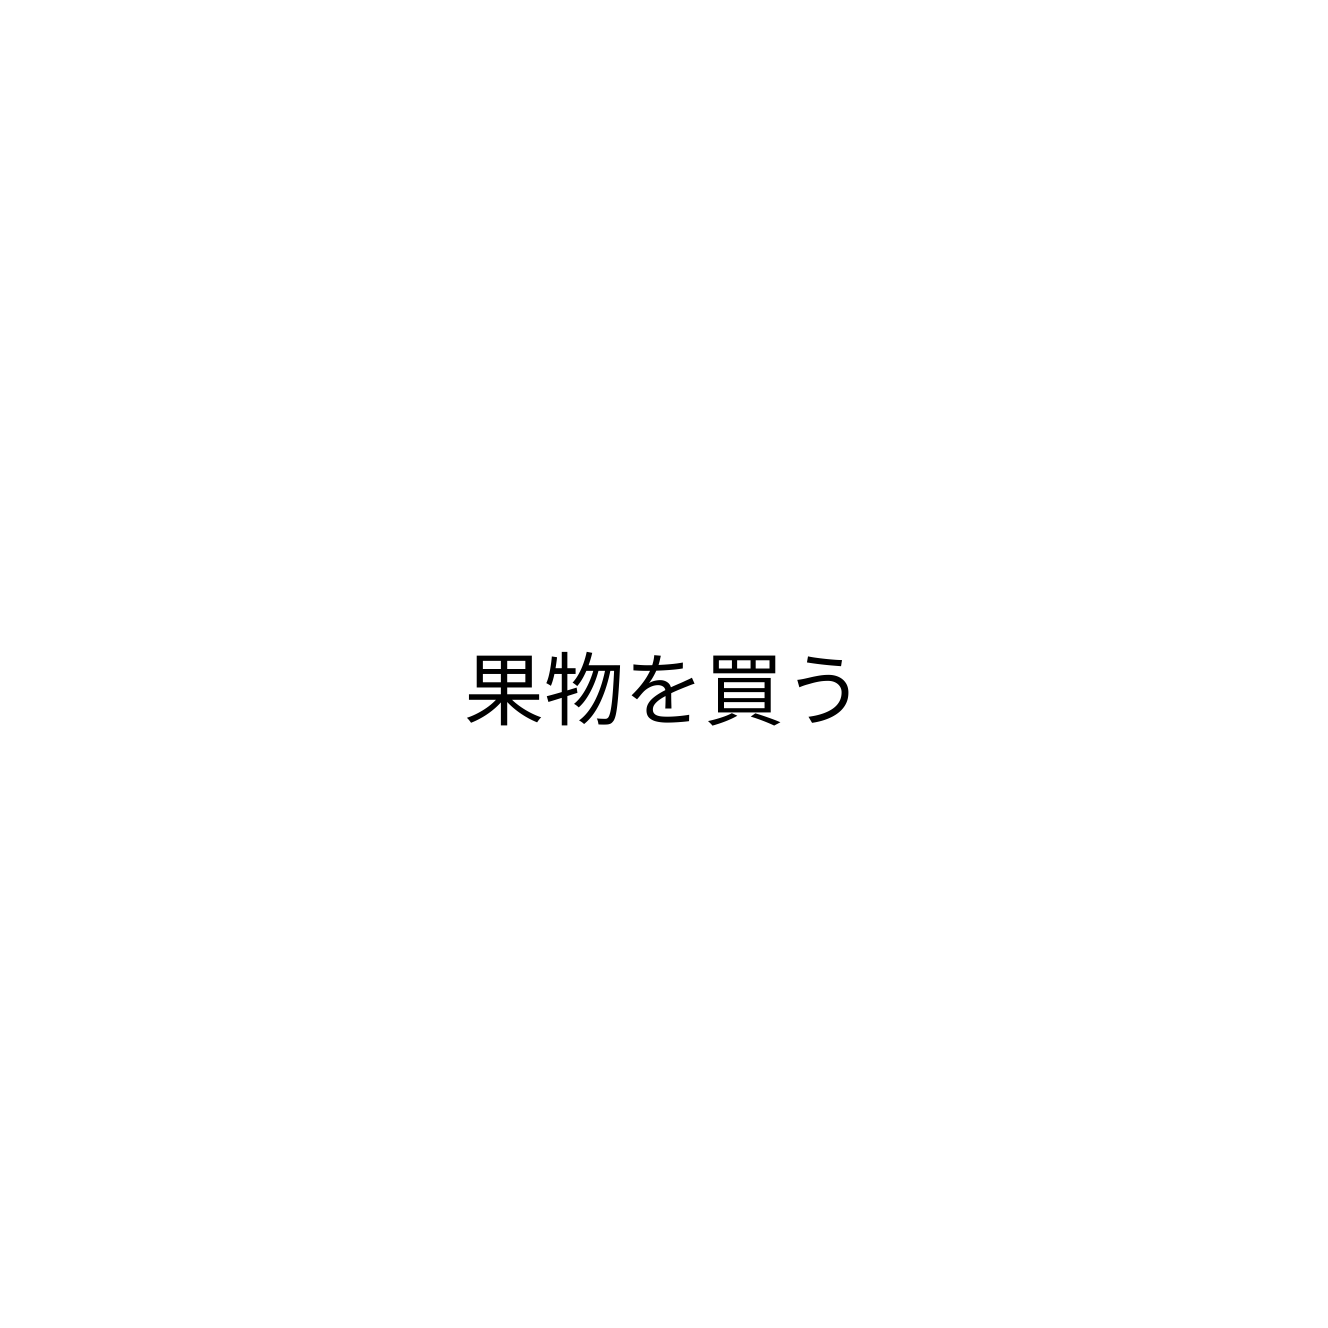
果物を買う